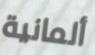
ألمانية